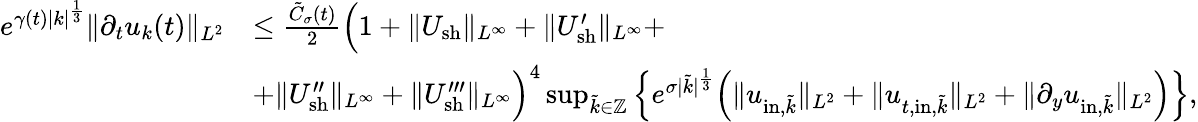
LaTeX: \begin{array}{rl}{e^{\gamma(t)|k|^{\frac{1}{3}}}\| \partial_{t}u_{k}(t)\| _{L^{2}}}&{\leq\frac{\tilde{C}_{\sigma}(t)}{2}\Big(1+\| U_{\mathrm{sh}}\| _{L^{\infty}}+\| U_{\mathrm{sh}}^{\prime}\| _{L^{\infty}}+}\\ &{+\| U_{\mathrm{sh}}^{\prime\prime}\| _{L^{\infty}}+\| U_{\mathrm{sh}}^{\prime\prime\prime}\| _{L^{\infty}}\Big)^{4}\operatorname*{sup}_{\tilde{k}\in\mathbb Z}\Big\{ e^{\sigma|\tilde{k}|^{\frac{1}{3}}}\Big(\| u_{\mathrm{in},\tilde{k}}\| _{L^{2}}+\| u_{t,\mathrm{in},\tilde{k}}\| _{L^{2}}+\| \partial_{y}u_{\mathrm{in},\tilde{k}}\| _{L^{2}}\Big)\Big\} ,}\end{array}